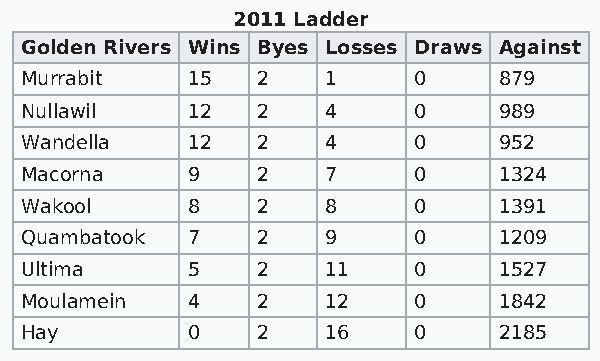
2011 Ladder
 Golden Rivers Wins Byes Losses Draws Against
 Murrabit   15   2    1    0     879
 Nullawil   12   2    4    0     989
 Wandella   12   2    4    0     952
 Macorna    9    2    7    0     1324
 Wakool     8    2    8    0     1391
 Quambatook 7    2    9    0     1209
 Ultima     5    2    11   0     1527
 Moulamein  4    2    12   0     1842
 Hay        0    2    16   0     2185